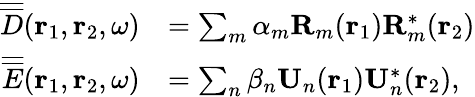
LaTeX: \begin{array}{rl}{\overline{{\overline{{D}}}}({\mathbf r}_{1},{\mathbf r}_{2},\omega)}&{=\sum_{m}\alpha_{m}{\mathbf R}_{m}({\mathbf r}_{1}){\mathbf R}_{m}^{\ast}({\mathbf r}_{2})}\\ {\overline{{\overline{{E}}}}({\mathbf r}_{1},{\mathbf r}_{2},\omega)}&{=\sum_{n}\beta_{n}{\mathbf U}_{n}({\mathbf r}_{1}){\mathbf U}_{n}^{\ast}({\mathbf r}_{2}),}\end{array}